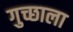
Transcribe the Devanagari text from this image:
गुच्छाला